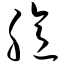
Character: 臆